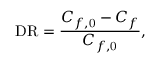
\mathrm { D R } = \frac { C _ { f , \mathrm { 0 } } - C _ { f } } { C _ { f , \mathrm { 0 } } } ,